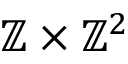
\ensuremath { \mathbb { Z } } \times \ensuremath { \mathbb { Z } } ^ { 2 }